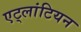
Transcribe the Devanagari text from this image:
एट्लांटियन